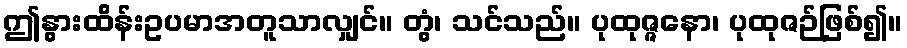
ဤနွားထိန်းဥပမာအတူသာလျှင်။ တွံ၊ သင်သည်။ ပုထုဇ္ဇနော၊ ပုထုဇဉ်ဖြစ်၍။